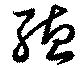
聴